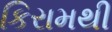
કિરામથી